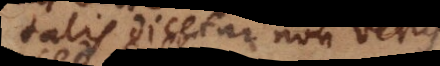
talis dicetur non verus